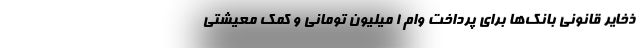
ذخایر قانونی بانک‌ها برای پرداخت وام ۱ میلیون تومانی و کمک معیشتی